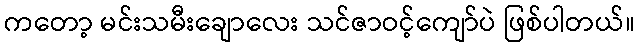
ကတော့ မင်းသမီးချောလေး သင်ဇာဝင့်ကျော်ပဲ ဖြစ်ပါတယ်။